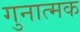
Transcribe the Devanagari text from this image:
गुनात्मक